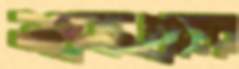
শুক্রগ্রহের